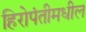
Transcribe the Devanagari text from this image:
हिरोपंतीमधील